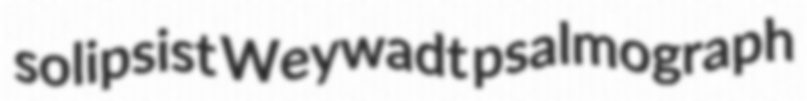
solipsist Weywadt psalmograph